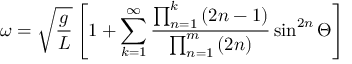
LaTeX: \omega = { \sqrt { \frac { g } { L } } } \left[ 1 + \sum _ { k = 1 } ^ { \infty } { \frac { \prod _ { n = 1 } ^ { k } \left( 2 n - 1 \right) } { \prod _ { n = 1 } ^ { m } \left( 2 n \right) } } \sin ^ { 2 n } \Theta \right]